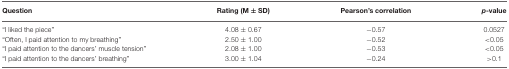
| Question | Rating (M ± SD) | Pearson’s correlation | p-value |
 | --- | --- | --- | --- |
 | “I liked the piece” | 4.08 ± 0.67 | −0.57 | 0.0527 |
 | “Often, I paid attention to my breathing” | 2.50 ± 1.00 | −0.52 | <0.05 |
 | “I paid attention to the dancers’ muscle tension” | 2.08 ± 1.00 | −0.53 | <0.05 |
 | “I paid attention to the dancers’ breathing” | 3.00 ± 1.04 | −0.24 | >0.1 |